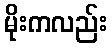
မိုးကလည်း